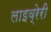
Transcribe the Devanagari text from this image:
लाइव्रेरी